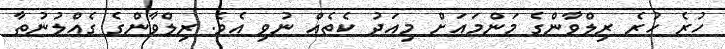
ހުރެ ހުރެ ރިލްވާންގެ މަންމައަށް މިއަދު ކެތެއް ނުވި އެވެ. ރިލްވާންގެ ގެއްލުނުތާ